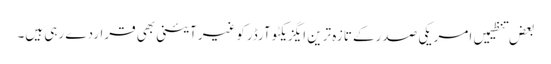
بعض تنظیمیں امریکی صدرکے تازہ ترین ایگزیکٹوآرڈرکوغیرآئینی بھی قراردے رہی ہیں۔